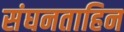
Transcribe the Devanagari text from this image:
संघनताहिन